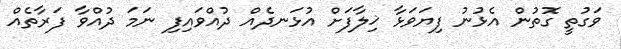
ވަގުތީ ގޮތުން އެޅުނު ފިޔަވަޅާ ޚިލާފަށް އުޅަނދެއް ދުއްވައިފި ނަމަ ދުއްވާ ފަރާތެއް